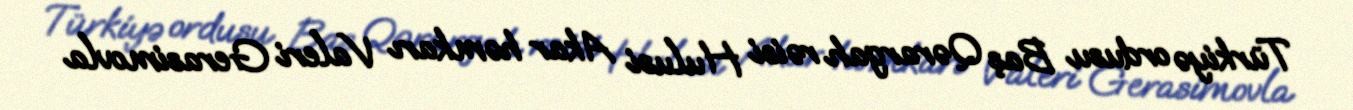
Türkiyə ordusu Baş Qərargah rəisi Hulusi Akar həmkarı Valeri Gerasimovla